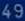
49